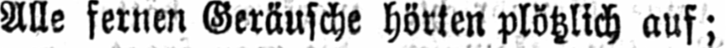
Alle fernen Geräusche hörten plötzlich auf;